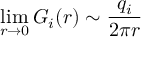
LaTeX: \operatorname * { l i m } _ { r \rightarrow 0 } G _ { i } ( r ) \sim \frac { q _ { i } } { 2 \pi r }